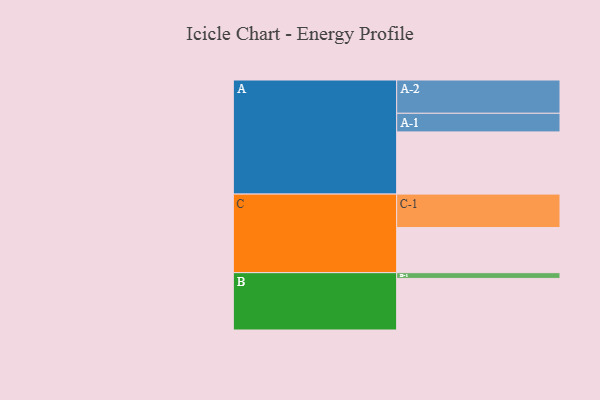
{"axis": {"x": "Segment", "y": "Value"}, "legend": ["", "A", "B", "C"], "data": [{"x": "A", "y": 551, "type": ""}, {"x": "B", "y": 457, "type": ""}, {"x": "C", "y": 400, "type": ""}, {"x": "A-1", "y": 165, "type": "A"}, {"x": "A-2", "y": 295, "type": "A"}, {"x": "B-1", "y": 51, "type": "B"}, {"x": "C-1", "y": 296, "type": "C"}]}